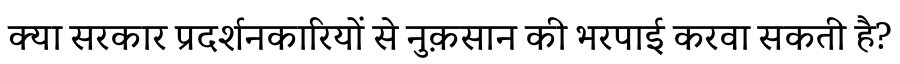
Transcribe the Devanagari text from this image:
क्या सरकार प्रदर्शनकारियों से नुक़सान की भरपाई करवा सकती है?